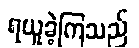
ရယူခဲ့ကြသည်